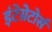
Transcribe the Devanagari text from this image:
इंटेग्रेटोर्स